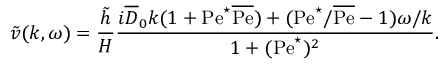
\tilde { v } ( k , \omega ) = \frac { \tilde { h } } { H } \frac { i \overline { { D } } _ { 0 } k ( 1 + \mathrm { P e } ^ { \star } \overline { { \mathrm { P e } } } ) + ( \mathrm { P e } ^ { \star } / \overline { { \mathrm { P e } } } - 1 ) \omega / k } { { 1 + ( \mathrm { P e } ^ { \star } ) ^ { 2 } } } .